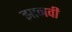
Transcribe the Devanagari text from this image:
झानवी